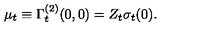
\mu _ { t } \equiv \Gamma _ { t } ^ { ( 2 ) } ( 0 , 0 ) = Z _ { t } \sigma _ { t } ( 0 ) .